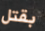
بقتل